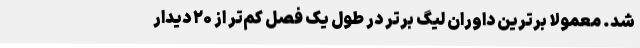
شد. معمولا برترین داوران لیگ برتر در طول یک فصل کم‌تر از ۲۰ دیدار